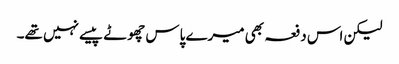
لیکن اس دفعہ بھی میرے پاس چھوٹے پیسے نہیں تھے۔